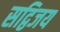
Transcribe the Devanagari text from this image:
सद्विजय